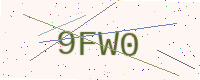
Text: 9FW0